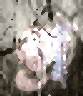
প্র